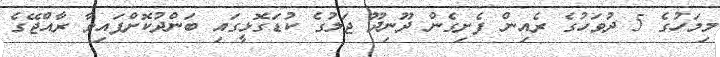
މިމަހުގެ 5 ދުވަހުގެ ރެއިން ފެށިގެން ދޫނިދޫ ޖަލުގެ ކުޑަގޮޅީގައި ބަންދުކޮށްފައިވާ ރާއްޖޭގެ